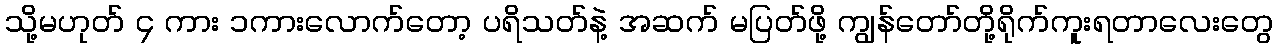
သို့မဟုတ် ၄ ကား ၁ကားလောက်တော့ ပရိသတ်နဲ့ အဆက် မပြတ်ဖို့ ကျွန်တော်တို့ရိုက်ကူးရတာလေးတွေ